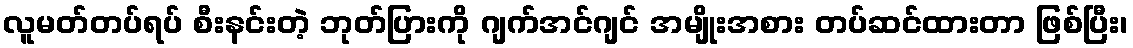
လူမတ်တပ်ရပ် စီးနင်းတဲ့ ဘုတ်ပြားကို ဂျက်အင်ဂျင် အမျိုးအစား တပ်ဆင်ထားတာ ဖြစ်ပြီး၊